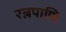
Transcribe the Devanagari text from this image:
रत्नपाणि